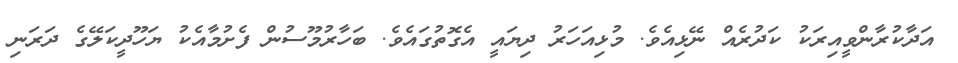
އަދާކުރާންވީއިރަކު ކަދުރެއް ނޭޅިއެވެ. މުޅިއަހަރު ދިޔައީ އެގޮތުގައެވެ. ބަހާރުމޫސުން ފެށުމާއެކު ޔަހޫދީކަލޭގެ ދަރަނި